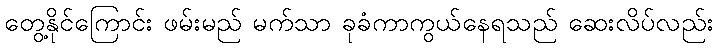
တွေ့နိုင်ကြောင်း ဖမ်းမည် မက်သာ ခုခံကာကွယ်နေရသည် ဆေးလိပ်လည်း